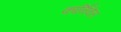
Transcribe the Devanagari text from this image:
कार्निवेल